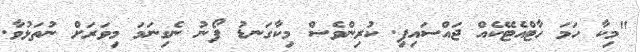
"މިކާ ހަމަ ހާޓްއެޓޭކެއް ޖައްސައިފި. ކުރިންވެސް މިކާގަނޑު ފޯނު ނެގިނަމަ މިވަރަށް ނުތަޅުވާ.